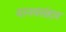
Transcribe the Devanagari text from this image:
मानवसंहार